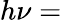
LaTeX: h\nu=